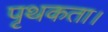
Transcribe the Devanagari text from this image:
पृथकता।